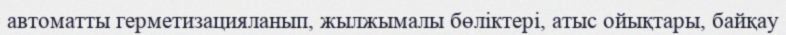
автоматты герметизацияланып, жылжымалы бөліктері, атыс ойықтары, байқау